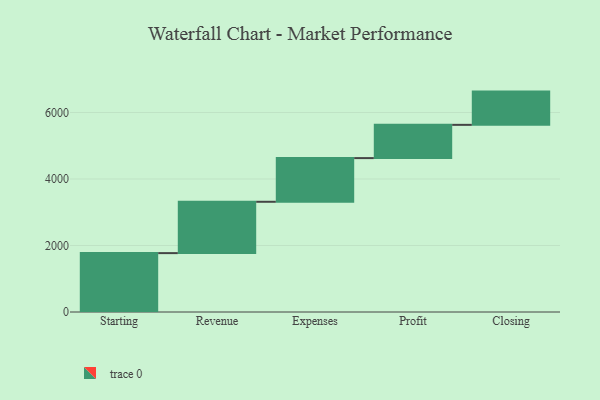
{"axis": {"x": "Step", "y": "Value"}, "legend": [""], "data": [{"x": "Starting", "y": 1771.0, "type": ""}, {"x": "Revenue", "y": 1544.0, "type": ""}, {"x": "Expenses", "y": 1314.0, "type": ""}, {"x": "Profit", "y": 1000, "type": ""}, {"x": "Closing", "y": 1000, "type": ""}]}